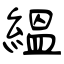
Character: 緼